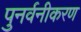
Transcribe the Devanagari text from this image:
पुनर्वनीकरण